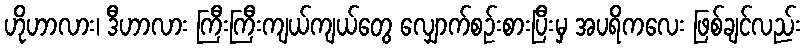
ဟိုဟာလား၊ ဒီဟာလား ကြီးကြီးကျယ်ကျယ်တွေ လျှောက်စဉ်းစားပြီးမှ အပရိကလေး ဖြစ်ချင်လည်း